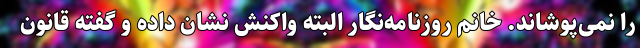
را نمی‌پوشاند. خانم روزنامه‌نگار البته واکنش نشان داده و گفته قانون